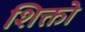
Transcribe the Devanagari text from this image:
शिक्तो